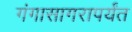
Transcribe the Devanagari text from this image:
गंगासागरापर्यंत